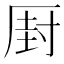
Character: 𠪆